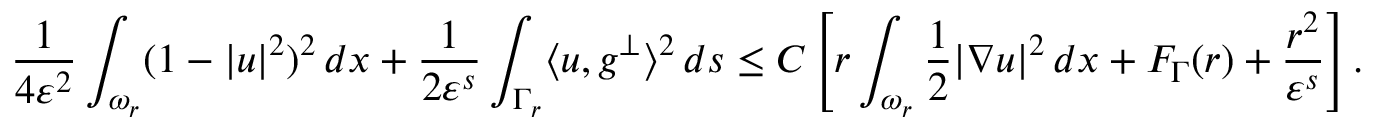
\frac { 1 } { 4 \varepsilon ^ { 2 } } \int _ { \omega _ { r } } ( 1 - | u | ^ { 2 } ) ^ { 2 } \, d x + \frac { 1 } { 2 \varepsilon ^ { s } } \int _ { \Gamma _ { r } } \langle u , g ^ { \perp } \rangle ^ { 2 } \, d s \leq C \left[ r \int _ { \omega _ { r } } \frac { 1 } { 2 } | \nabla u | ^ { 2 } \, d x + F _ { \Gamma } ( r ) + \frac { r ^ { 2 } } { \varepsilon ^ { s } } \right] .